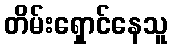
တိမ်းရှောင်နေသူ